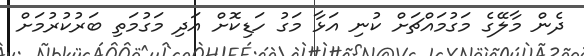
ދެން މާލޭގެ މަގުމައްޗަށް ކުނި އަޅާ މަގު ހަޑިކޮށް އަދި މަގުމަތި ބަރުކުރުމަށް